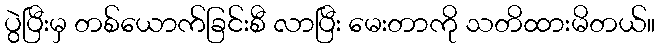
ပွဲပြီးမှ တစ်ယောက်ခြင်းစီ လာပြီး မေးတာကို သတိထားမိတယ်။